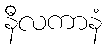
နီလကာနံ